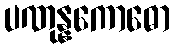
ပဏုန္နကောဓော